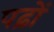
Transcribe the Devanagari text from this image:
पढ़ों